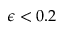
\epsilon < 0 . 2